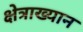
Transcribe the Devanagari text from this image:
क्षेत्राख्यान